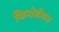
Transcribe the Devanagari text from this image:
किरोडीमल